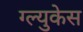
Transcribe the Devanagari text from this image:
ग्ल्युकेस